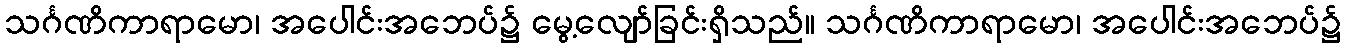
သင်္ဂဏိကာရာမော၊ အပေါင်းအဘေပ်၌ မွေ့လျော်ခြင်းရှိသည်။ သင်္ဂဏိကာရာမော၊ အပေါင်းအဘေပ်၌